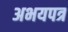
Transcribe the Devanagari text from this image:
अभयपत्र